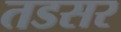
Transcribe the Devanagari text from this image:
तडसर